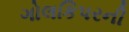
ગોલકિપરની